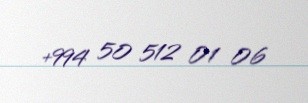
+994 50 512 01 06